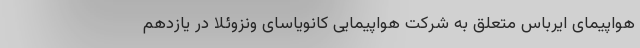
هواپیمای ایرباس متعلق به شرکت هواپیمایی کانویاسای ونزوئلا در یازدهم